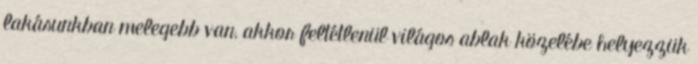
lakásunkban melegebb van, akkor feltétlenül világos ablak közelébe helyezzük